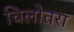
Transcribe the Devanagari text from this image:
चिलोतरा